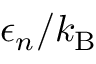
\epsilon _ { n } / k _ { \mathrm { B } }